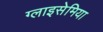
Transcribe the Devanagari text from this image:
ग्लाइसेमिया